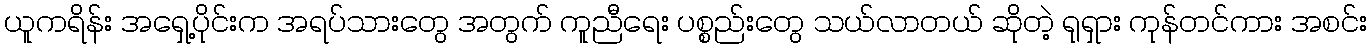
ယူကရိန်း အရှေ့ပိုင်းက အရပ်သားတွေ အတွက် ကူညီရေး ပစ္စည်းတွေ သယ်လာတယ် ဆိုတဲ့ ရုရှား ကုန်တင်ကား အစင်း